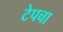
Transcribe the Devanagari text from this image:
टेपचा